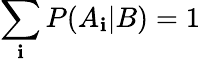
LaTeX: \sum_{\mathbf{i}}{P(A_{\mathbf{i}}|B)}=1